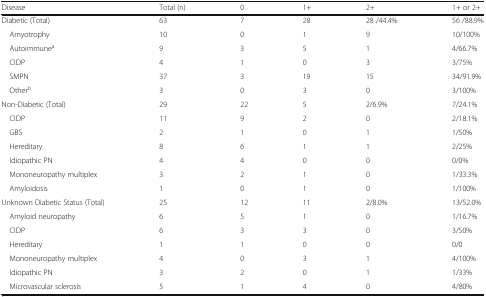
<table><thead><tr><td><b>Disease</b></td><td><b>Total (n)</b></td><td><b>0</b></td><td><b>1+</b></td><td><b>2+</b></td><td><b>1+ or 2+</b></td></tr></thead><tbody><tr><td>Diabetic (Total)</td><td>63</td><td>7</td><td>28</td><td>28 /44.4%</td><td>56 /88.9%</td></tr><tr><td> Amyotrophy</td><td>10</td><td>0</td><td>1</td><td>9</td><td>10/100%</td></tr><tr><td> Autoimmune<sup>a</sup></td><td>9</td><td>3</td><td>5</td><td>1</td><td>4/66.7%</td></tr><tr><td> CIDP</td><td>4</td><td>1</td><td>0</td><td>3</td><td>3/75%</td></tr><tr><td> SMPN</td><td>37</td><td>3</td><td>19</td><td>15</td><td>34/91.9%</td></tr><tr><td> Other<sup>b</sup></td><td>3</td><td>0</td><td>3</td><td>0</td><td>3/100%</td></tr><tr><td>Non-Diabetic (Total)</td><td>29</td><td>22</td><td>5</td><td>2/6.9%</td><td>7/24.1%</td></tr><tr><td> CIDP</td><td>11</td><td>9</td><td>2</td><td>0</td><td>2/18.1%</td></tr><tr><td> GBS</td><td>2</td><td>1</td><td>0</td><td>1</td><td>1/50%</td></tr><tr><td> Hereditary</td><td>8</td><td>6</td><td>1</td><td>1</td><td>2/25%</td></tr><tr><td> Idiopathic PN</td><td>4</td><td>4</td><td>0</td><td>0</td><td>0/0%</td></tr><tr><td> Mononeuropathy multiplex</td><td>3</td><td>2</td><td>1</td><td>0</td><td>1/33.3%</td></tr><tr><td> Amyloidosis</td><td>1</td><td>0</td><td>1</td><td>0</td><td>1/100%</td></tr><tr><td>Unknown Diabetic Status (Total)</td><td>25</td><td>12</td><td>11</td><td>2/8.0%</td><td>13/52.0%</td></tr><tr><td> Amyloid neuropathy</td><td>6</td><td>5</td><td>1</td><td>0</td><td>1/16.7%</td></tr><tr><td> CIDP</td><td>6</td><td>3</td><td>3</td><td>0</td><td>3/50%</td></tr><tr><td> Hereditary</td><td>1</td><td>1</td><td>0</td><td>0</td><td>0/0</td></tr><tr><td> Mononeuropathy multiplex</td><td>4</td><td>0</td><td>3</td><td>1</td><td>4/100%</td></tr><tr><td> Idiopathic PN</td><td>3</td><td>2</td><td>0</td><td>1</td><td>1/33%</td></tr><tr><td> Microvascular sclerosis</td><td>5</td><td>1</td><td>4</td><td>0</td><td>4/80%</td></tr></tbody></table>